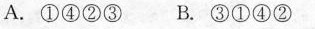
A. ①④②③ B. ③①④②